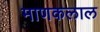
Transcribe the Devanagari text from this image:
माणकलाल